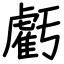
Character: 虧